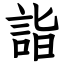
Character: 詣